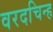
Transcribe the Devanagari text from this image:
वरदचिन्ह